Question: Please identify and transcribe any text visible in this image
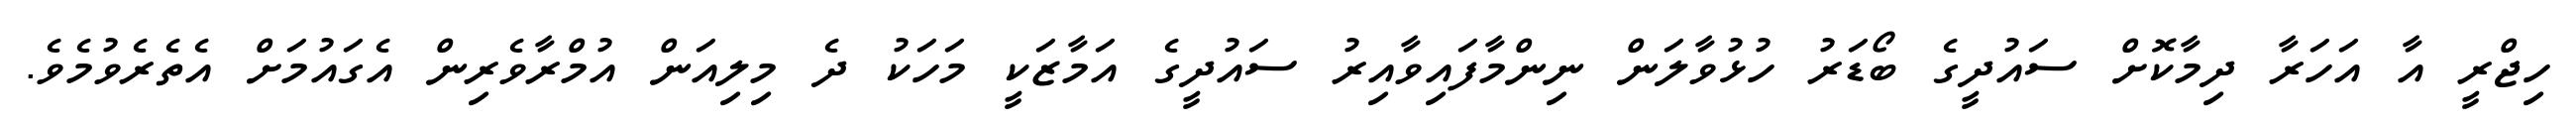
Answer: ހިޖްރީ އާ އަހަރާ ދިމާކޮށް ސައުދީގެ ބޯޑަރު ހުޅުވާލަން ނިންމާފައިވާއިރު ސައުދީގެ އަމާޒަކީ މަހަކު ދެ މިލިއަން އުމްރާވެރިން އެގައުމަށް އެތެރެވުމެވެ.